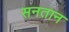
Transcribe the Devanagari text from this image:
सनतान